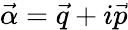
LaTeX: \vec{\alpha}=\vec{q}+i\vec{p}